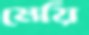
মেয়ি